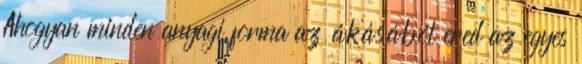
Ahogyan minden anyagi forma az ákásából ered az egyes